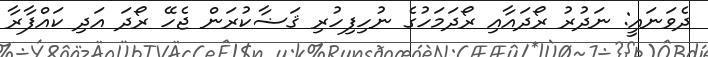
ދެވަނައީ: ނަދުރު ރޯދައާއި ރޯދަމަހުގެ ނުހިފިހުރި ޤަޟާކުރަން ޖެހޭ ރޯދަ އަދި ކައްފާރާ